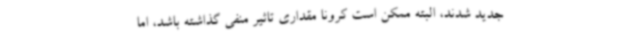
جدید شدند، البته ممکن است کرونا مقداری تاثیر منفی گذاشته باشد، اما